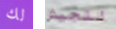
لك للجيش